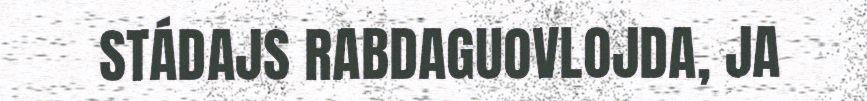
STÁDAJS RABDAGUOVLOJDA, JA